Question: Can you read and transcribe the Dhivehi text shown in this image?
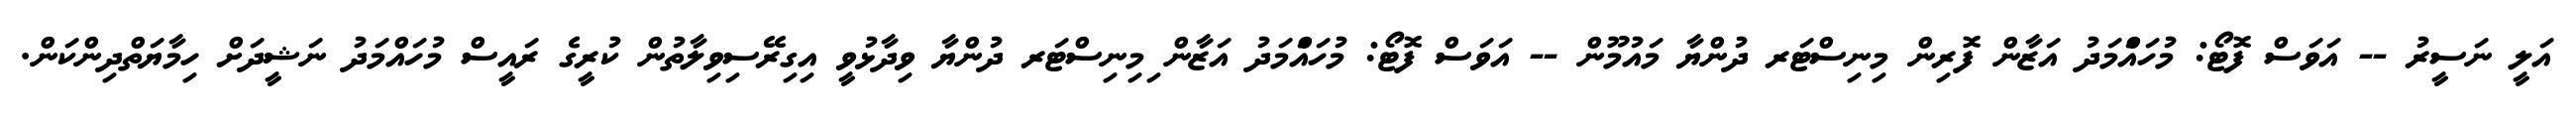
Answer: އަލީ ނަސީރު -- އަވަސް ފޮޓޯ: މުހައްަމަދު އަޒާން ފޮރިން މިނިސްޓަރ ދުންޔާ މައުމޫން -- އަވަސް ފޮޓޯ: މުހައްަމަދު އަޒާން ިމިނިސްޓަރ ދުންޔާ ވިދާޅުވީ އިގިރޭސިވިލާތުން ކުރީގެ ރައީސް މުހައްމަދު ނަޝީދަށް ހިމާޔަތްދިންކަން.